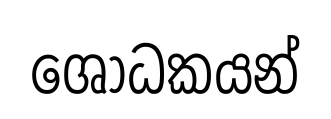
ශෝධකයන්